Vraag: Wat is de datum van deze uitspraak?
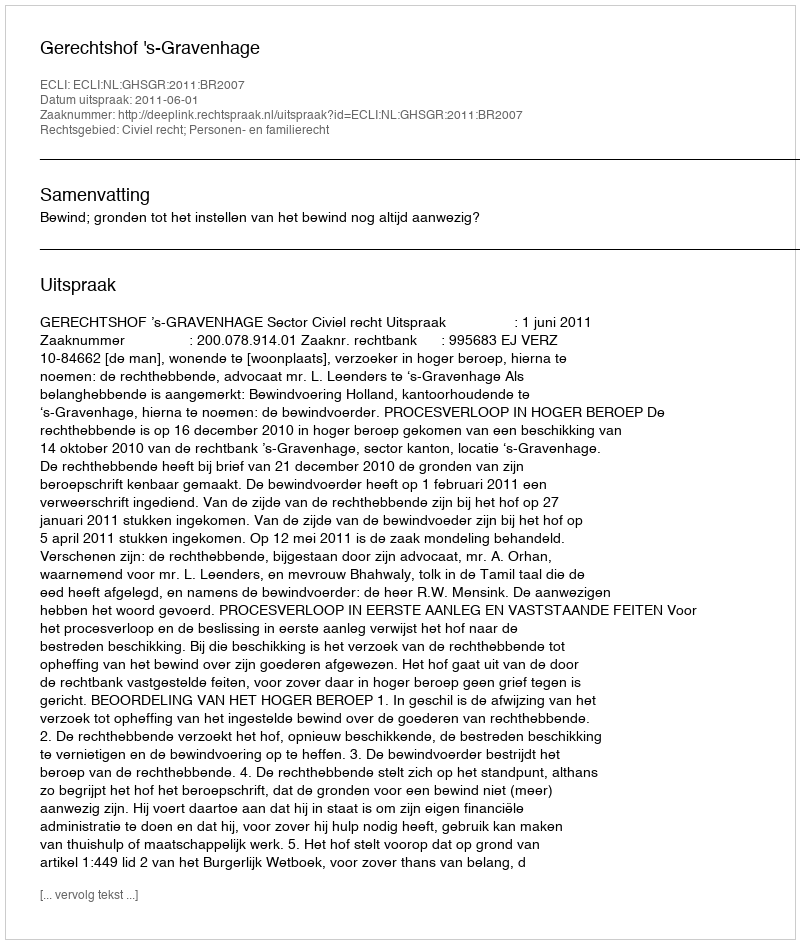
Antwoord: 2011-06-01